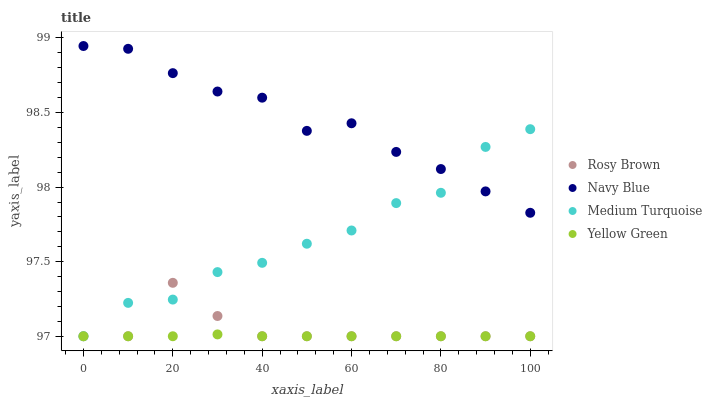
| xaxis_label | Rosy Brown | Navy Blue | Medium Turquoise | Yellow Green |
 | --- | --- | --- | --- | --- |
 | 0 | 97 | 98.9 | 97 | 97 |
 | 10 | 97 | 98.9 | 97.2 | 97 |
 | 20 | 97.4 | 98.8 | 97.2 | 97 |
 | 30 | 97.1 | 98.6 | 97.4 | 97 |
 | 40 | 97 | 98.6 | 97.5 | 97 |
 | 50 | 97 | 98.4 | 97.6 | 97 |
 | 60 | 97 | 98.4 | 97.7 | 97 |
 | 70 | 97 | 98.2 | 97.9 | 97 |
 | 80 | 97 | 98.1 | 98 | 97 |
 | 90 | 97 | 98 | 98.3 | 97 |
 | 100 | 97 | 97.8 | 98.4 | 97 |